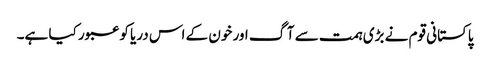
پاکستانی قوم نے بڑی ہمت سے آگ اور خون کے اس دریا کو عبور کیا ہے۔